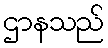
ဌာနသည်